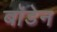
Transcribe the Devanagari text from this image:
बाॅडेन